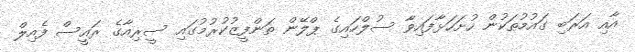
އާއި އަރަބި ގައުމުތަކުން ހުށަހަޅާފައިވާ ސުލްހައިގެ ޕްލޭން ތަންފީޒުކުރުމުގައި ސީރިއާގެ ރައީސް ފެއިލް